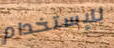
للإستخدام